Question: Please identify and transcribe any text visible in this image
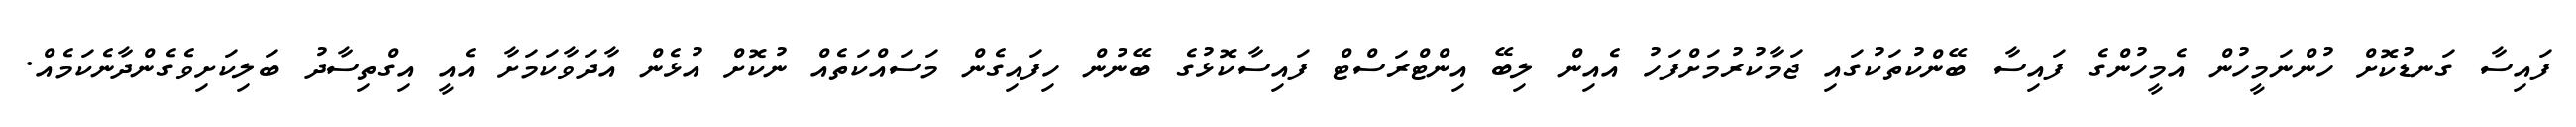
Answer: ފައިސާ ގަނޑުކޮށް ހުންނަމީހުން އެމީހުންގެ ފައިސާ ބޭންކުތަކުގައި ޖަމާކުރުމަށްފަހު އެއިން ލިބޭ އިންޓްރަސްޓް ފައިސާކޮޅުގެ ބޭނުން ހިފައިގެން މަސައްކަތެއް ނުކޮށް އުޅެން އާދަވާކަމަށާ އެއީ އިގްތިސާދު ބަލިކަށިވެގެންދާނެކަމެއް.